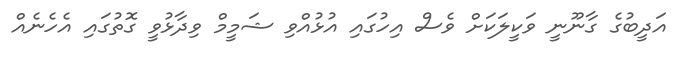
އަދީބުގެ ގާނޫނީ ވަކީލަކަށް ވެސް އިހުގައި އުޅުއްވި ޝަމީމް ވިދާޅުވީ ގޮތުގައި އެހެނެއް